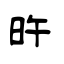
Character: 旿